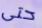
حتى